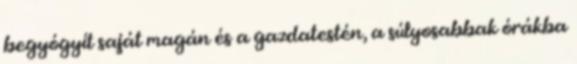
begyógyít saját magán és a gazdatestén, a súlyosabbak órákba